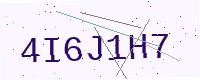
Text: 4I6J1H7